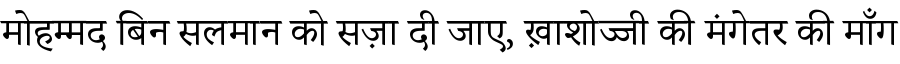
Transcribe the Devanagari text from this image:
मोहम्मद बिन सलमान को सज़ा दी जाए, ख़ाशोज्जी की मंगेतर की माँग